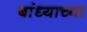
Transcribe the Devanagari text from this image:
बांध्याच्या